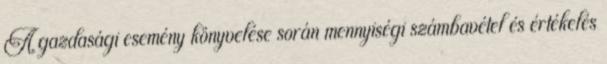
A gazdasági esemény könyvelése során mennyiségi számbavétel és értékelés